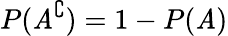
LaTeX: P(\mathit{A}^{\complement})=1-P(\mathit{A})